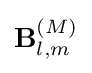
\mathbf {B} _{l,m}^{(M)}